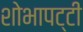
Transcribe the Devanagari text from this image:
शोभापट्टी